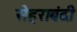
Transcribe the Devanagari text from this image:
सेहराबंदी